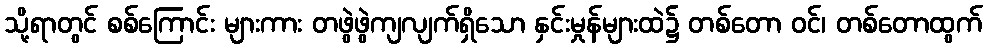
သို့ရာတွင် စစ်ကြောင်း များကား တဖွဲဖွဲကျလျက်ရှိသော နှင်းမှုန်များထဲ၌ တစ်တော ဝင်၊ တစ်တောထွက်